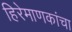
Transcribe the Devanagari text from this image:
हिरेमाणकांचा